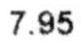
7.95